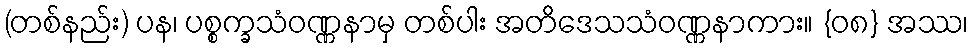
(တစ်နည်း) ပန၊ ပစ္စက္ခသံဝဏ္ဏနာမှ တစ်ပါး အတိဒေသသံဝဏ္ဏနာကား။ {၀၈} အဿ၊